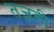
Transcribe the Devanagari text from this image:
तज्ञही